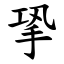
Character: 㧬